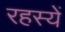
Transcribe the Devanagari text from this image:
रहस्यें